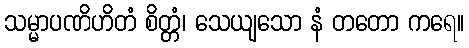
သမ္မာပဏိဟိတံ စိတ္တံ၊ သေယျသော နံ တတော ကရေ။